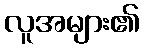
လူအများ၏